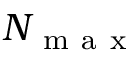
N _ { \mathrm { ~ m ~ a ~ x ~ } }